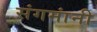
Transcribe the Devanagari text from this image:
संगमांनी